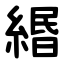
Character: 緡